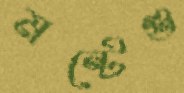
মন্টেগু